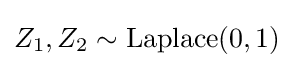
Z_{1},Z_{2}\sim {\textrm {Laplace}}(0,1)